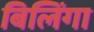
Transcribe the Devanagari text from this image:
बिलिंगा